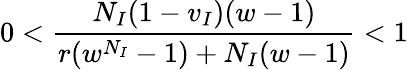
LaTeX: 0<\frac{N_{I}(1-v_{I})(w-1)}{r(w^{N_{I}}-1)+N_{I}(w-1)}<1